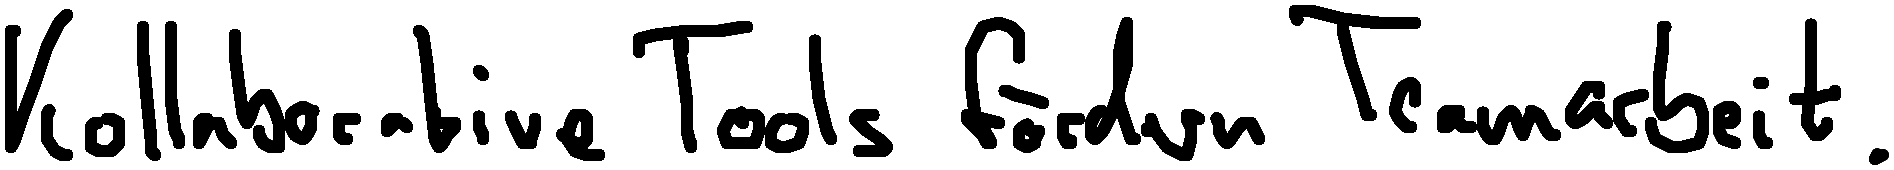
Kollaborative Tools fördern Teamarbeit.